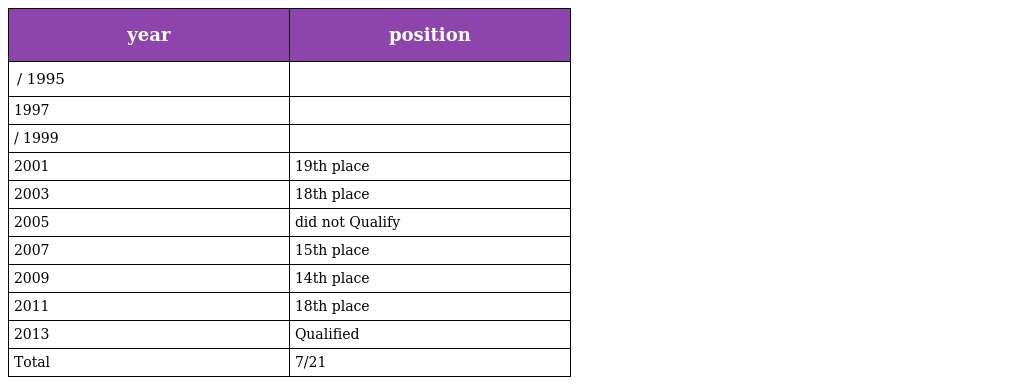
| year | position |
 | --- | --- |
 | / 1995 |  |
 | 1997 |  |
 | / 1999 |  |
 | 2001 | 19th place |
 | 2003 | 18th place |
 | 2005 | did not Qualify |
 | 2007 | 15th place |
 | 2009 | 14th place |
 | 2011 | 18th place |
 | 2013 | Qualified |
 | Total | 7/21 |